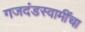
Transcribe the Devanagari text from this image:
गजदंडस्वामींचा